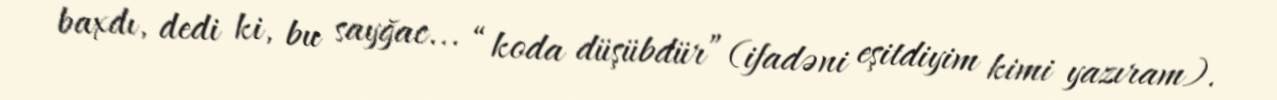
baxdı, dedi ki, bu sayğac... “koda düşübdür” (ifadəni eşitdiyim kimi yazıram).